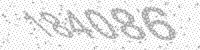
Solution: 184086